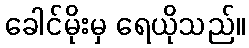
ခေါင်မိုးမှ ရေယိုသည်။